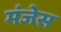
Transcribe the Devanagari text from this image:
मंजेस